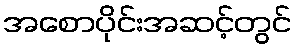
အစောပိုင်းအဆင့်တွင်